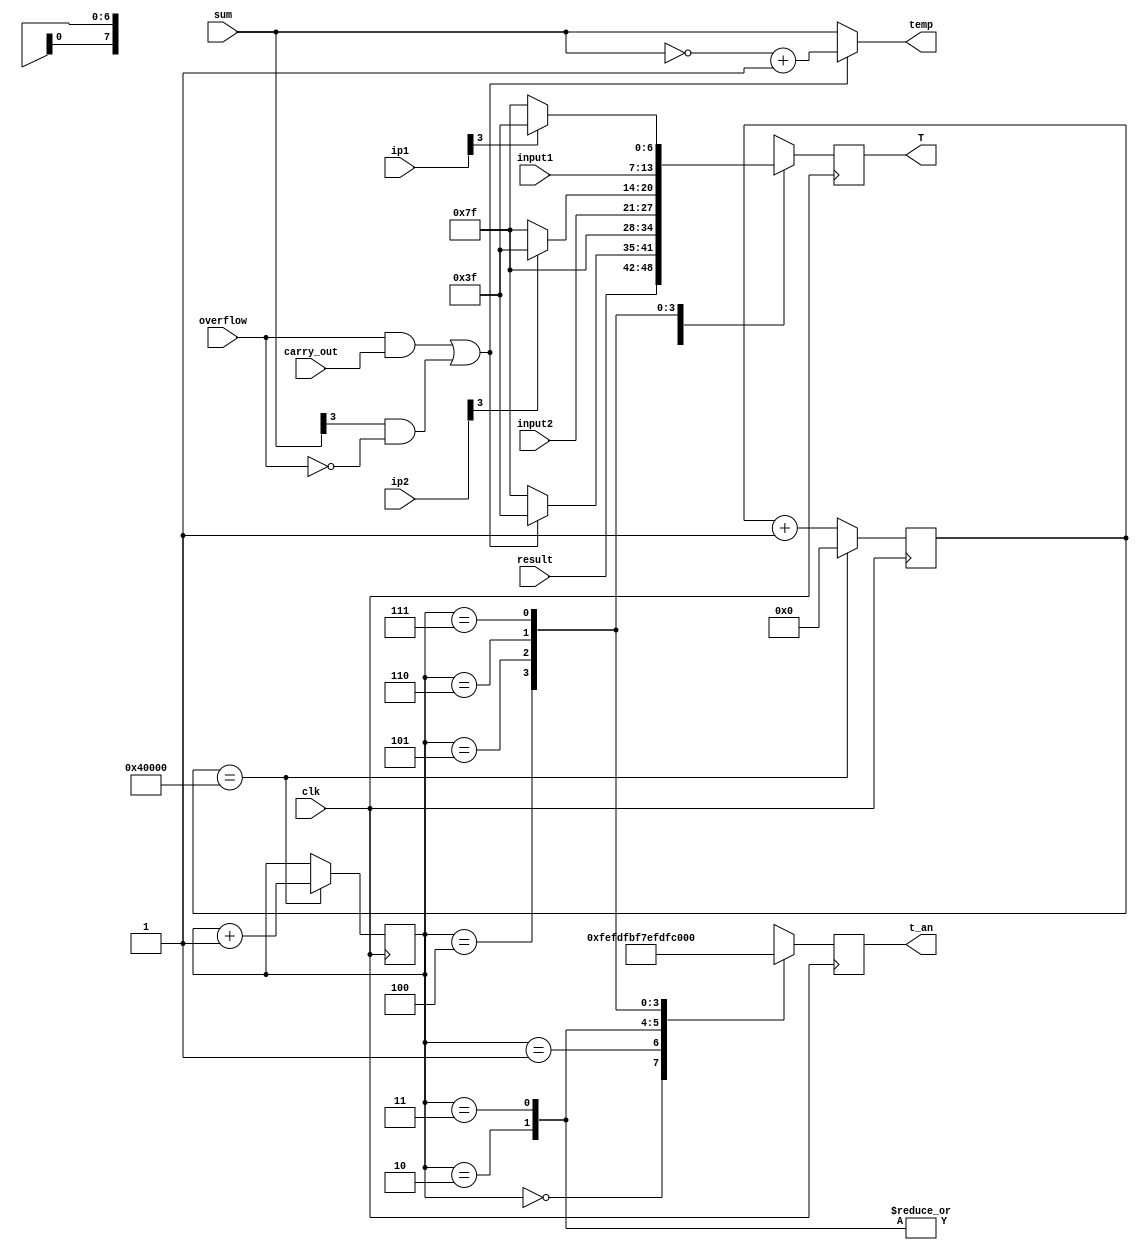
`timescale 1ns / 1ps
//////////////////////////////////////////////////////////////////////////////////
// Company: 
// Engineer: 
// 
// Design Name: 
// Module Name: seven_seg_controller
// Project Name: 
// Target Devices: 
// Tool Versions: 
// Description: 
// 
// Dependencies: 
// 
// Revision:
// Revision 0.01 - File Created
// Additional Comments:
// 
//////////////////////////////////////////////////////////////////////////////////
module seven_seg_controller(
 input clk,
 input overflow,
 input carry_out,
 input [3:0] sum,
 input [6:0] result,
 input [3:0] ip1,
 input [3:0] ip2,
 input [6:0] input1,
 input [6:0] input2,
 output reg [6:0]T,
 output reg [3:0] temp,
 output reg [7:0] t_an
    );

reg [31:0]Time=32'd0;
reg [2:0]num=3'd0;  
  

always@(posedge clk)
 begin
    if(Time==32'h40000)
    begin
        Time <= 0;
        num <= num + 1'b1;
    end
 
    else
        Time <= Time + 1;
 end

 always@(sum,carry_out,overflow)
 begin
        if((overflow==1 && carry_out==1)||(sum[3]== 1 && overflow==0))
            temp <= (~sum) + 1'b1;
        else
            temp <= sum;
 end
 
 always@(posedge clk)
 begin
     case(num)
        3'b000: 
                begin
                    t_an = 8'b11111110;
                    T = result;
                end
        3'b001: begin
                    t_an = 8'b11111101;
                    if((overflow==1 && carry_out==1)||(sum[3]==1 && overflow==0))
                        T = 7'b0111111;
                    else
                        T = 7'b1111111;
                end
        3'b010: begin 
                    t_an = 8'b11111011; 
                    T = 7'b1111111; 
                end
        3'b011: begin 
                    t_an = 8'b11110111; 
                    T = 7'b1111111;
                end
        3'b100: begin
                    t_an = 8'b11101111;
                    T = input2;
                end
        3'b101: begin
                    t_an = 8'b11011111;
                    if(ip2[3] == 1)
                        T = 7'b0111111;
                    else
                        T = 7'b1111111;
                end
        3'b110: begin
                    t_an = 8'b10111111;
                    T = input1;
                end
        3'b111: begin
                    t_an = 8'b01111111;
                    if(ip1[3] == 1)
                        T = 7'b0111111;
                    else
                        T = 7'b1111111;
                end
    endcase
 end 
   
endmodule